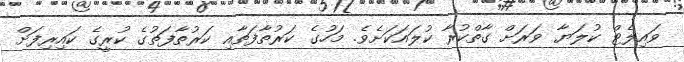
ވައިލެޓް ކުލަޔާ ވަރަށް ގާތްކުރާ ކުލައަކަށެވެ. މަހުގެ ކަރުތާފަތާއި ކަރުތާފަތުގެ ކުރީގެ ކައިރިފަށް